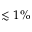
\lesssim 1 \%